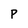
Character: P